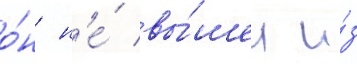
о́н н'е́ вы́шел и́з